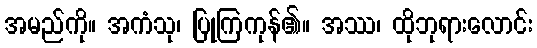
အမည်ကို။ အကံသု၊ ပြုကြကုန်၏။ အဿ၊ ထိုဘုရားလောင်း